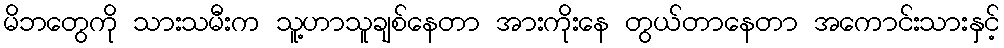
မိဘတွေကို သားသမီးက သူ့ဟာသူချစ်နေတာ အားကိုးနေ တွယ်တာနေတာ အကောင်းသားနှင့်